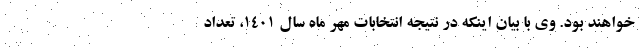
خواهند بود. وی با بیان اینکه در نتیجه انتخابات مهر ماه سال ۱۴۰۱، تعداد